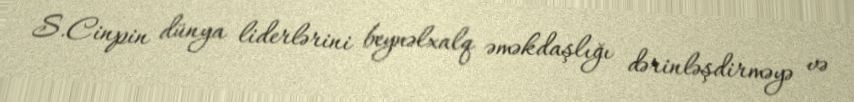
S.Cinpin dünya liderlərini beynəlxalq əməkdaşlığı dərinləşdirməyə və